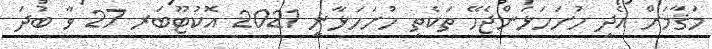
މަޤާމަށް އެދި ހުށަހަޅަންޖެހޭ ތަކެތި ހުށަހަޅާނީ 2021 އޮކުޓޫބަރ 27 ވާ ބުދަ